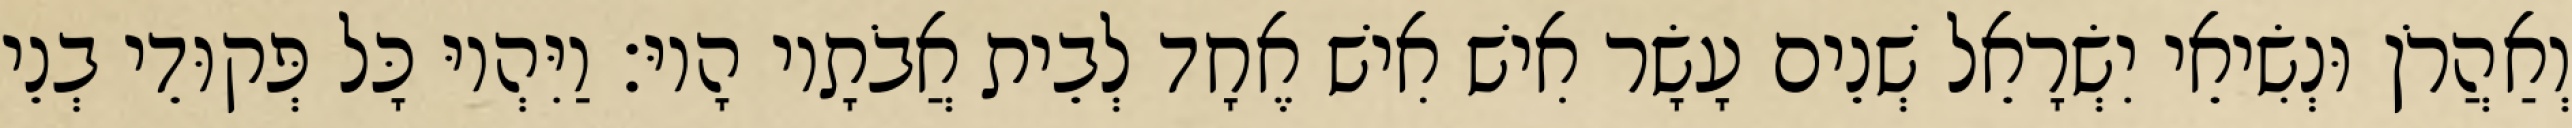
וְאַהֲרֹן וּנְשִׂיאֵי יִשְׂרָאֵל שְׁנֵים עָשָׂר אִישׁ אִישׁ אֶחָד לְבֵית אֲבֹתָיו הָיוּ׃ וַיִּהְיוּ כָּל פְּקוּדֵי בְנֵי